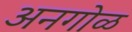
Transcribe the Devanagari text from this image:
अनगोळ